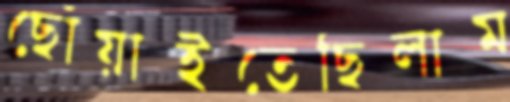
ছোঁয়াইতেছিলাম